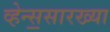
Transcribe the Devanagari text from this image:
व्हेन्स॒सारख्या